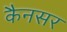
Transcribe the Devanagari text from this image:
कैनसर